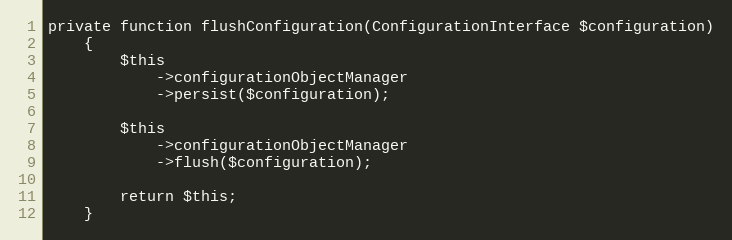
Language: PHP
private function flushConfiguration(ConfigurationInterface $configuration)
    {
        $this
            ->configurationObjectManager
            ->persist($configuration);

        $this
            ->configurationObjectManager
            ->flush($configuration);

        return $this;
    }